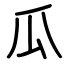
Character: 瓜